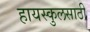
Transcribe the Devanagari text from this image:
हायस्‍कुलसाठी